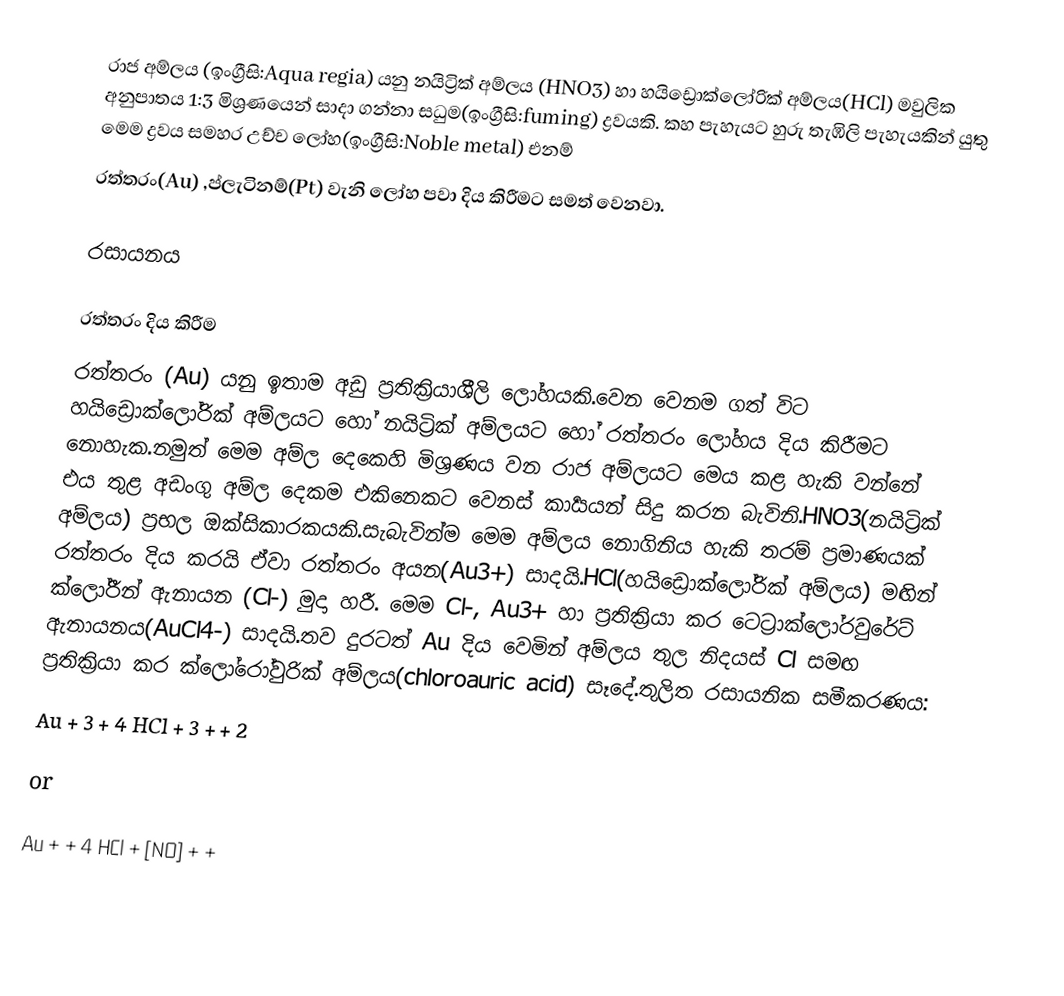
රාජ අම්ලය (ඉංග්‍රීසි:Aqua regia) යනු නයිට්‍රික් අම්ලය (HNO3) හා හයිඩ්‍රොක්ලෝරික් අම්ලය(HCl) මවුලික අනුපාතය 1:3 මිශ්‍රණයෙන් සාදා ගන්නා සධුම(ඉංග්‍රීසි:fuming) ද්‍රවයකි. කහ පැහැයට හුරු තැඹිලි පැහැයකින් යුතු මෙම ද්‍රවය සමහර උච්ච ලෝහ(ඉංග්‍රීසි:Noble metal) එනම්
රත්තරං(Au) ,ප්ලැටිනම්(Pt) වැනි ලෝහ පවා දිය කිරීමට සමත් වෙනවා.

රසායනය

රත්තරං දිය කිරීම
රත්තරං (Au) යනු ඉතාම අඩු ප්‍රතික්‍රියාශීලි ලෝහයකි.වෙන වෙනම ගත් විට හයිඩ්‍රොක්ලෝරික් අම්ලයට හෝ නයිට්‍රික් අම්ලයට හෝ රත්තරං ලෝහය දිය කිරීමට නොහැක.නමුත් මෙම අම්ල දෙකෙහි මිශ්‍රණය වන රාජ අම්ලයට මෙය කළ හැකි වන්නේ එය තුළ අඩංගු අම්ල දෙකම එකිනෙකට වෙනස් කාර්‍යයන් සිදු කරන බැවිනි.HNO3(නයිට්‍රික් අම්ලය) ප්‍රභල ඔක්සිකාරකයකි.සැබැවින්ම මෙම අම්ලය නොගිනිය හැකි තරම් ප්‍රමාණයක් රත්තරං දිය කරයි ඒවා රත්තරං අයන(Au3+) සාදයි.HCl(හයිඩ්‍රොක්ලෝරික් අම්ලය) මඟින් ක්ලෝරීන් ඇනායන (Cl-) මුදා හරී. මෙම Cl-, Au3+ හා ප්‍රතික්‍රියා කර ටෙට්‍රාක්ලෝරවුරේට් ඇනායනය(AuCl4-) සාදයි.තව දුරටත් Au දිය වෙමින් අම්ලය තුල නිදයස් Cl සමඟ ප්‍රතික්‍රියා කර ක්ලෝරෝවුරික් අම්ලය(chloroauric acid) සෑදේ.තුලිත රසායනික සමීකරණය:
 Au + 3  + 4 HCl   + 3  +  + 2 

 or

 Au +  + 4 HCl   + [NO] +  +